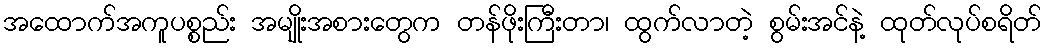
အထောက်အကူပစ္စည်း အမျိုးအစားတွေက တန်ဖိုးကြီးတာ၊ ထွက်လာတဲ့ စွမ်းအင်နဲ့ ထုတ်လုပ်စရိတ်